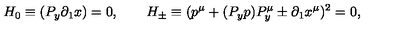
\qquad H _ { 0 } \equiv ( P _ { y } \partial _ { 1 } x ) = 0 , \qquad H _ { \pm } \equiv ( p ^ { \mu } + ( P _ { y } p ) P _ { y } ^ { \mu } \pm \partial _ { 1 } x ^ { \mu } ) ^ { 2 } = 0 ,